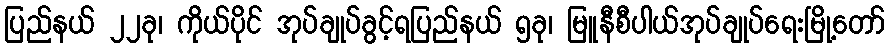
ပြည်နယ် ၂၂ခု၊ ကိုယ်ပိုင် အုပ်ချုပ်ခွင့်ရပြည်နယ် ၅ခု၊ မြူနီစီပါယ်အုပ်ချုပ်ရေးမြို့တော်